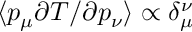
\langle p _ { \mu } \partial T / \partial p _ { \nu } \rangle \propto \delta _ { \mu } ^ { \nu }